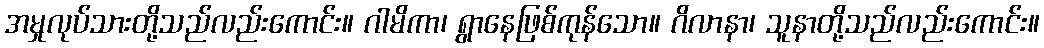
အမှုလုပ်သားတို့သည်လည်းကောင်း။ ဂါမိကာ၊ ရွာနေဖြစ်ကုန်သော။ ဂိလာနာ၊ သူနာတို့သည်လည်းကောင်း။